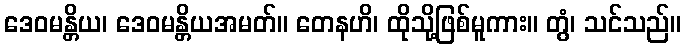
ဒေဝမန္တိယ၊ ဒေဝမန္တိယအမတ်။ တေနဟိ၊ ထိုသို့ဖြစ်မူကား။ တွံ၊ သင်သည်။